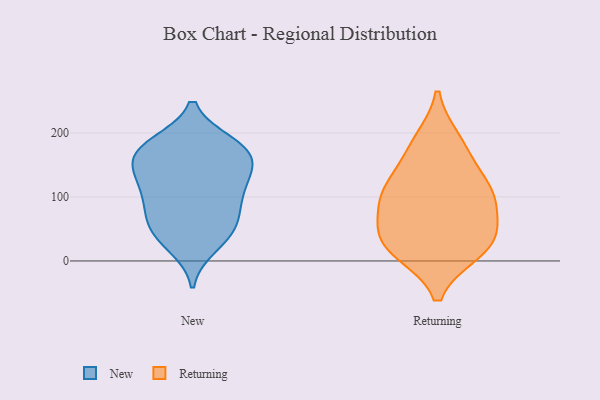
{"axis": {"x": "Gross Profit (USD K)", "y": "Value"}, "legend": ["New", "Returning"], "data": [{"x": "", "y": 127, "type": "New"}, {"x": "", "y": 23, "type": "New"}, {"x": "", "y": 150, "type": "New"}, {"x": "", "y": 153, "type": "New"}, {"x": "", "y": 58, "type": "New"}, {"x": "", "y": 179, "type": "New"}, {"x": "", "y": 44, "type": "New"}, {"x": "", "y": 65, "type": "New"}, {"x": "", "y": 104, "type": "New"}, {"x": "", "y": 78, "type": "New"}, {"x": "", "y": 167, "type": "New"}, {"x": "", "y": 183, "type": "New"}, {"x": "", "y": 137, "type": "New"}, {"x": "", "y": 171, "type": "New"}, {"x": "", "y": 36, "type": "New"}, {"x": "", "y": 116, "type": "New"}, {"x": "", "y": 184, "type": "New"}, {"x": "", "y": 96, "type": "New"}, {"x": "", "y": 16, "type": "Returning"}, {"x": "", "y": 28, "type": "Returning"}, {"x": "", "y": 43, "type": "Returning"}, {"x": "", "y": 106, "type": "Returning"}, {"x": "", "y": 55, "type": "Returning"}, {"x": "", "y": 116, "type": "Returning"}, {"x": "", "y": 107, "type": "Returning"}, {"x": "", "y": 19, "type": "Returning"}, {"x": "", "y": 172, "type": "Returning"}, {"x": "", "y": 98, "type": "Returning"}, {"x": "", "y": 187, "type": "Returning"}]}